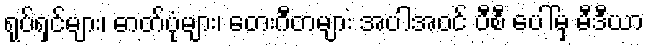
ရုပ်ရှင်များ၊ ဓာတ်ပုံများ၊ တေးဂီတများ အပါအဝင် ပီစီ ပေါ်မှ မီဒီယာ